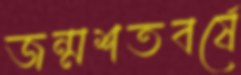
জন্মশতবর্ষে